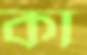
কা